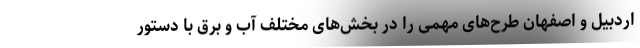
اردبیل و اصفهان طرح‌های مهمی را در بخش‌های مختلف آب و برق با دستور